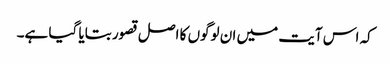
کہ اس آیت میں ان لوگوں کا اصل قصور بتایا گیا ہے۔